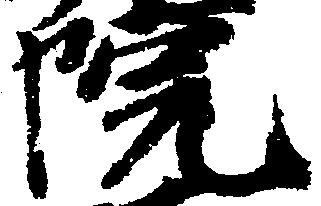
院